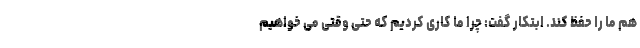
هم ما را حفظ کند. ابتکار گفت: چرا ما کاری کردیم که حتی وقتی می خواهیم